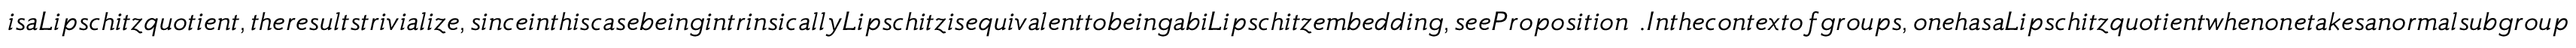
i s a L i p s c h i t z q u o t i e n t , t h e r e s u l t s t r i v i a l i z e , s i n c e i n t h i s c a s e b e i n g i n t r i n s i c a l l y L i p s c h i t z i s e q u i v a l e n t t o b e i n g a b i L i p s c h i t z e m b e d d i n g , s e e P r o p o s i t i o n ~ . I n t h e c o n t e x t o f g r o u p s , o n e h a s a L i p s c h i t z q u o t i e n t w h e n o n e t a k e s a n o r m a l s u b g r o u p